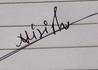
Signature authenticity: genuine